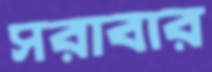
সরাবার